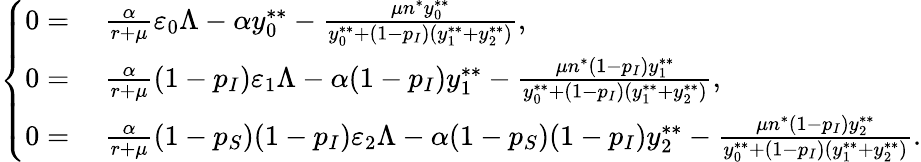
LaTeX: \left\{ \begin{array}{rl}{0=}&{~\frac{\alpha}{r+\mu}\varepsilon_{0}\Lambda-\alpha y_{0}^{**}-\frac{\mu n^{*}y_{0}^{**}}{y_{0}^{**}+(1-p_{I})(y_{1}^{**}+y_{2}^{**})},}\\ {0=}&{~\frac{\alpha}{r+\mu}(1-p_{I})\varepsilon_{1}\Lambda-\alpha(1-p_{I})y_{1}^{**}-\frac{\mu n^{*}(1-p_{I})y_{1}^{**}}{y_{0}^{**}+(1-p_{I})(y_{1}^{**}+y_{2}^{**})},}\\ {0=}&{~\frac{\alpha}{r+\mu}(1-p_{S})(1-p_{I})\varepsilon_{2}\Lambda-\alpha(1-p_{S})(1-p_{I})y_{2}^{**}-\frac{\mu n^{*}(1-p_{I})y_{2}^{**}}{y_{0}^{**}+(1-p_{I})(y_{1}^{**}+y_{2}^{**})}.}\end{array}\right.